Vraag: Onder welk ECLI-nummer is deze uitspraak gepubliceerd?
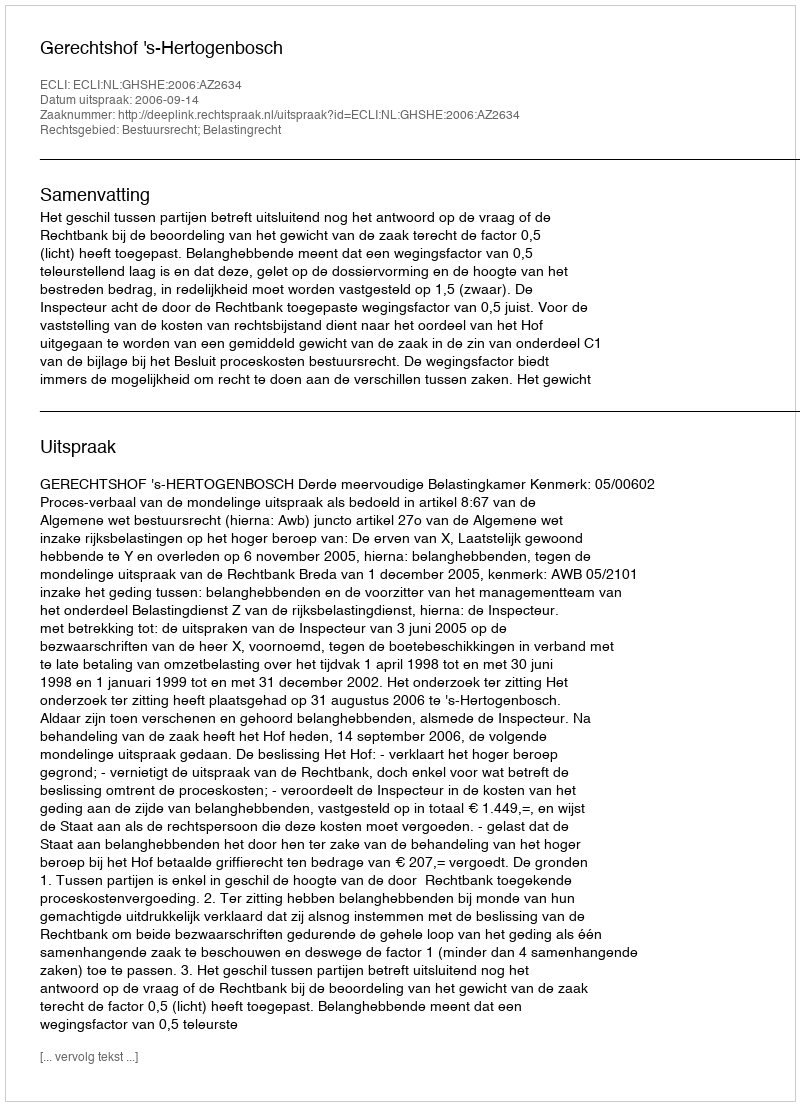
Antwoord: ECLI:NL:GHSHE:2006:AZ2634